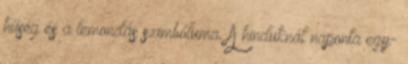
hűség és a lemondás szimbóluma. A hinduknál naponta egy-